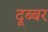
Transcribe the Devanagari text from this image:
दूब्बर